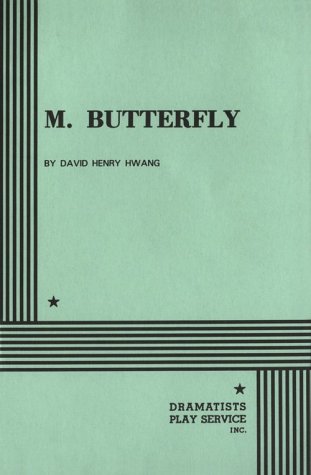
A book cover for M. Butterfly.; David Henry Hwang; Literature & Fiction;